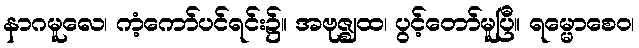
နာဂမူလေ၊ ကံ့ကော်ပင်ရင်း၌။ အဗုဇ္ဈထ၊ ပွင့်တော်မူပြီ။ ရမ္မောစေဝ၊